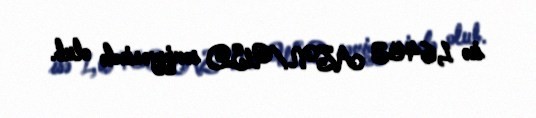
isə 1,6403 AZN/USD səviyyəsində olub.